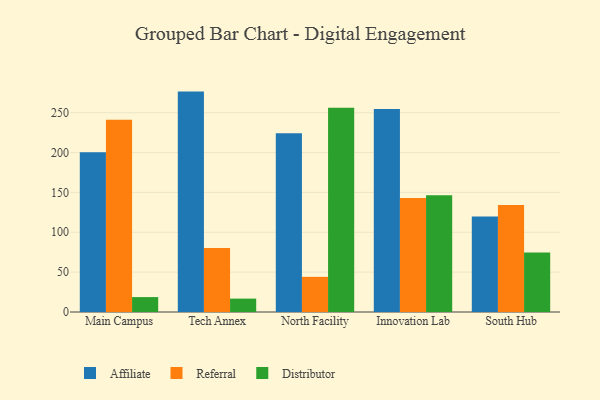
{"axis": {"x": "Campus", "y": "Inventory Turnover"}, "legend": ["Affiliate", "Distributor", "Referral"], "data": [{"x": "Main Campus", "y": 200.3, "type": "Affiliate"}, {"x": "Main Campus", "y": 241.3, "type": "Referral"}, {"x": "Main Campus", "y": 18.7, "type": "Distributor"}, {"x": "Tech Annex", "y": 276.5, "type": "Affiliate"}, {"x": "Tech Annex", "y": 80.4, "type": "Referral"}, {"x": "Tech Annex", "y": 16.8, "type": "Distributor"}, {"x": "North Facility", "y": 224.4, "type": "Affiliate"}, {"x": "North Facility", "y": 44.1, "type": "Referral"}, {"x": "North Facility", "y": 256.2, "type": "Distributor"}, {"x": "Innovation Lab", "y": 254.7, "type": "Affiliate"}, {"x": "Innovation Lab", "y": 143.1, "type": "Referral"}, {"x": "Innovation Lab", "y": 146.6, "type": "Distributor"}, {"x": "South Hub", "y": 119.7, "type": "Affiliate"}, {"x": "South Hub", "y": 134.2, "type": "Referral"}, {"x": "South Hub", "y": 74.5, "type": "Distributor"}]}